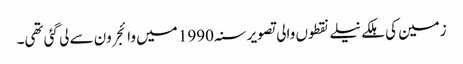
زمین کی ہلکے نیلے نقطوں والی تصویر سنہ 1990 میں وائجر ون سے لی گئی تھی۔